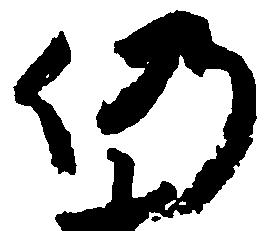
仍